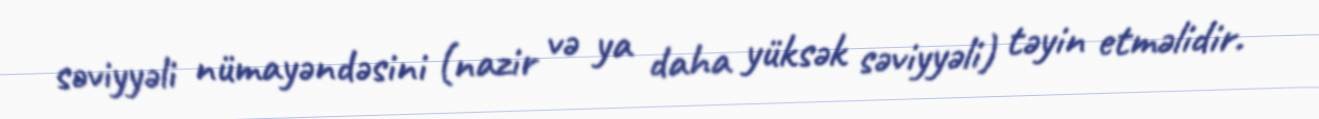
səviyyəli nümayəndəsini (nazir və ya daha yüksək səviyyəli) təyin etməlidir.